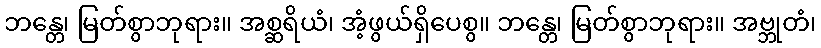
ဘန္တေ၊ မြတ်စွာဘုရား။ အစ္ဆရိယံ၊ အံ့ဖွယ်ရှိပေစွ။ ဘန္တေ၊ မြတ်စွာဘုရား။ အဗ္ဘုတံ၊